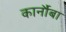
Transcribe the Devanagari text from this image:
कार्नौबा